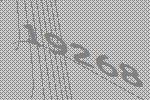
19268